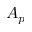
A _ { p }